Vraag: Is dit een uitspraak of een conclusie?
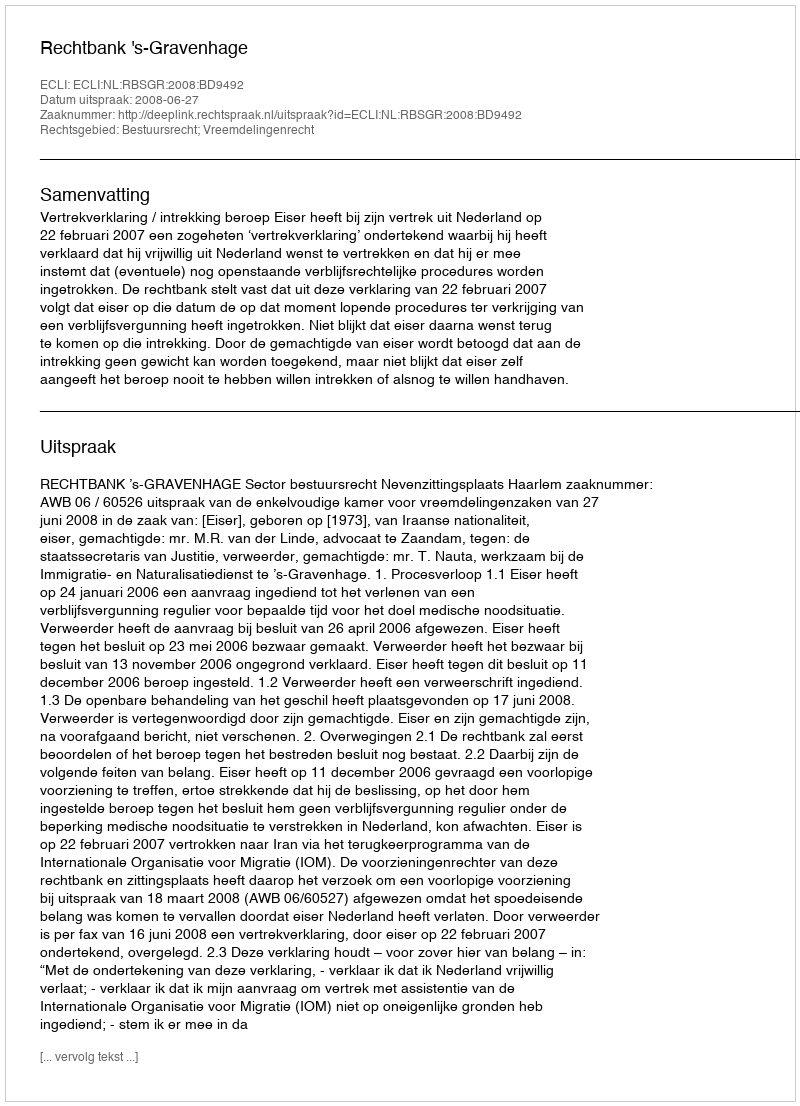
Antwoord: Uitspraak